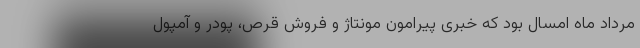
مرداد ماه امسال بود که خبری پیرامون مونتاژ و فروش قرص، پودر و آمپول